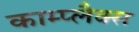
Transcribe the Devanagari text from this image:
काम्प्लैक्स